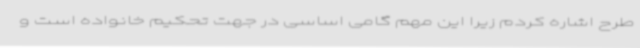
طرح اشاره کردم زیرا این مهم گامی اساسی در جهت تحکیم خانواده است و